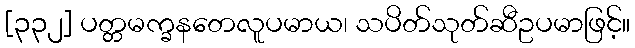
[၃၃၂] ပတ္တမက္ခနတေလူပမာယ၊ သပိတ်သုတ်ဆီဥပမာဖြင့်။